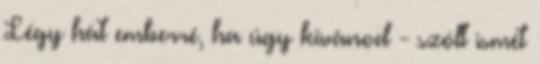
Légy hát emberré, ha úgy kívánod - szólt ismét